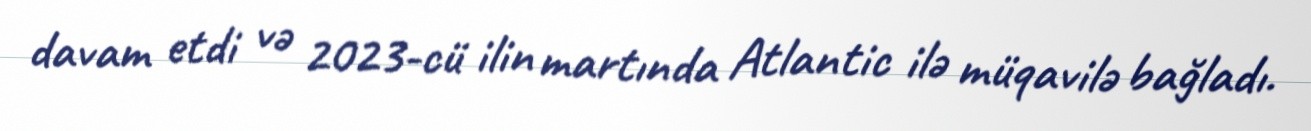
davam etdi və 2023-cü ilin martında Atlantic ilə müqavilə bağladı.